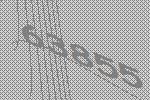
63855